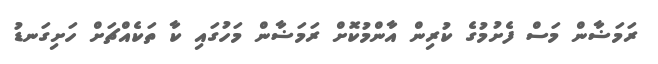
ރަމަޟާން މަސް ފެށުމުގެ ކުރިން އާންމުކޮށް ރަމަޟާން މަހުގައި ކާ ތަކެއްޗަށް ހަށިގަނޑު